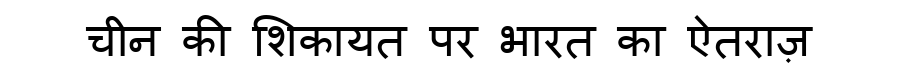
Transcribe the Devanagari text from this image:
चीन की शिकायत पर भारत का ऐतराज़